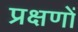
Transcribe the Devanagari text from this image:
प्रक्षणों